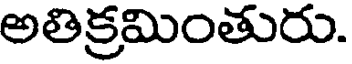
అతిక్రమింతురు.